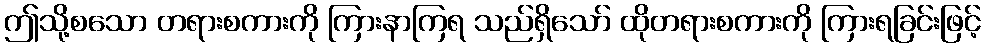
ဤသို့စသော တရားစကားကို ကြားနာကြရ သည်ရှိသော် ထိုတရားစကားကို ကြားရခြင်းဖြင့်